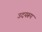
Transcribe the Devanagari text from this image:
उदयरूप